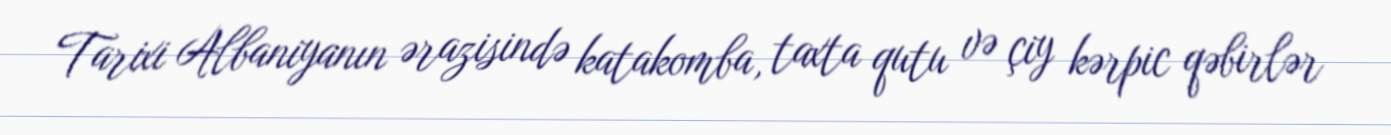
Tarixi Albaniyanın ərazisində katakomba, taxta qutu və çiy kərpic qəbirlər